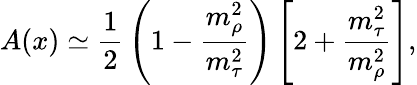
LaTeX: A(x)\simeq{\frac{1}{2}}\left(1-{\frac{m_{\rho}^{2}}{m_{\tau}^{2}}}\right)\left[2+{\frac{m_{\tau}^{2}}{m_{\rho}^{2}}}\right],